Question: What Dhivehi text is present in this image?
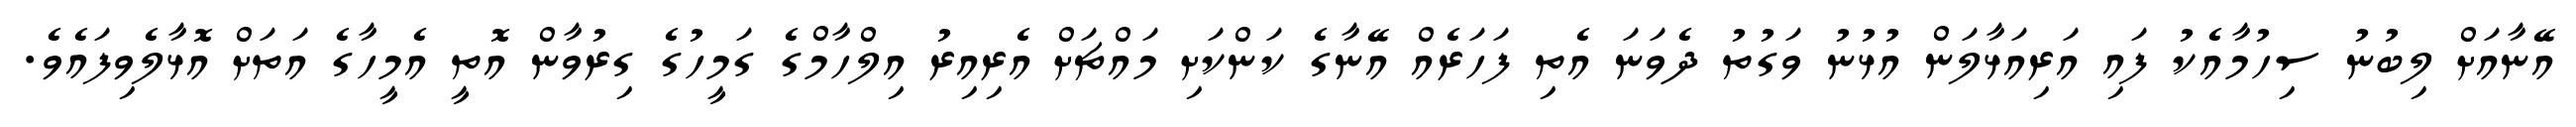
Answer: އޭނާއަށް ލިބުނު ސިހުމާއެކު ފައި އަރިއަޅާލަން އުޅުނު ވަގުތު ދެވަނަ އެތި ފަހަރެއް އޭނާގެ ކަންކަށި މައްޗަށް އެރިއިރު އިލްހާމްގެ ގަމީހުގެ ގިރުވާން އޮތީ އެމީހާގެ އަތަށް އޮޅާލެވިފައެވެ.